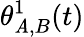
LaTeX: \theta_{\mathit{A},B}^{1}(t)